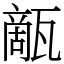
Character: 甋